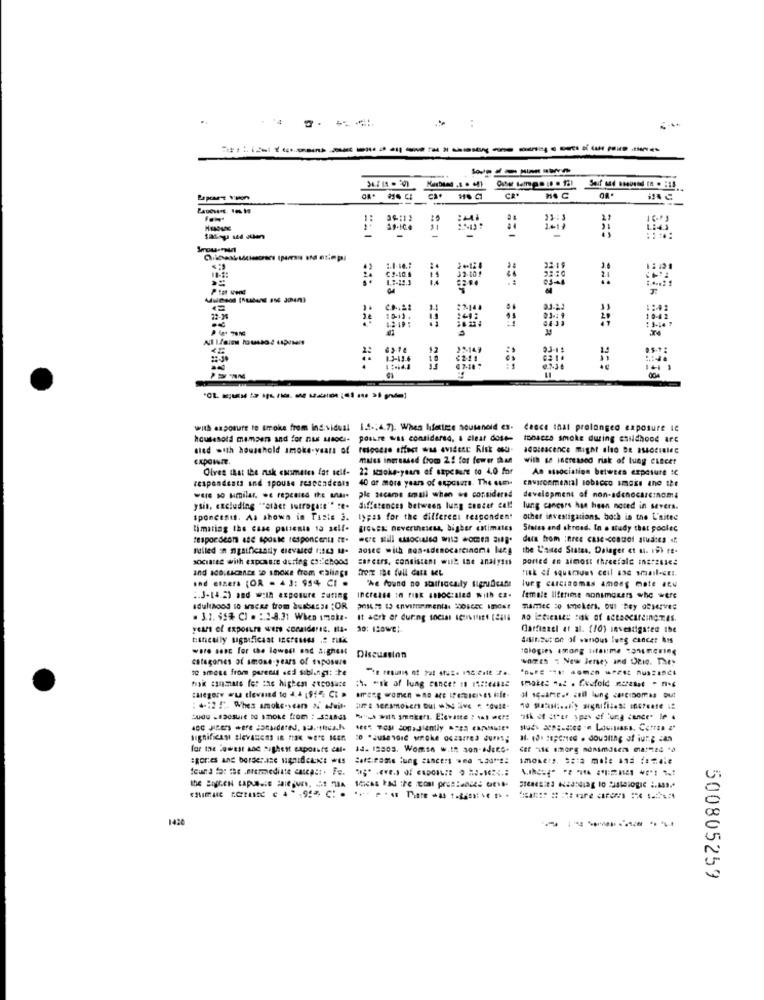
CR*
:41
23
1:45
-
32.19
1.7-12.3
3
₹7-144
12
23-149
93-11
22-39
$2-41
with exposure to smoke from individual 1.4 .: 4.7). When lifetime household ex. ceece inal prolonged exposure ic
housesold mamsen and for nus usoci- postre was considered. s clear dose- tobacco smoke during esildhood art
sied with household smoke-years of
response effect was evident Risk mu-
males increased from 2! for fewer than
with se increased risk of lung Cancer
Oires that the nak ousmates lat self-
22 smoke-years of sapcture to 4.0 for
An association between exposure :c
respondents and spouse respondents
40 or more years of exposzza. The sum
environmental tobacco smaks the the
were so similar. we repealed the anas-
ple secame small when we considered
development of non-adenocarcinoma
ysin, excluding ""ataet istrogate"" "e.
differences between lung cancer cal!
lung cancers han heen noted in severs.
sponcents. As shown in Fazie 3.
types for the differens responden!
other investigations, both in the L'aitee
timating the case patients 1a self-
BIGNEK nevertheless, higher estimates
States and shroad. In . study that poolec
data from :Bree case-control atualtes .f.
nulled in ngaificaadly dievaled 1:569 M.
aosee with non-adenocarcinoma lang
the L'aited States, Dalager et u. 19) rE-
sociaree with exposure during es: chood
careers, consistant wull ine analyses
poricé an almost threefale ina:esse
and ad0;Licence 3D shoke from caliags
froiz the full data Met
and essers (OR - 4 3: 954 CI .
"he found no statticcaly ligrudicafe
lucy carcinomas amoss mate atu
:. 3-14.2) and w:In exposure #uting
female Ilferime sonimguers who were
adulthood to arcke trom buaber si :OR
PIL: 13 environmental :001066 Inder
mamec co smokers. out "Bey deserves
. 3.1. $5% CI . : 2-8.31 When smoke-
It serk er during social schritte tali
years of exposure were considered. It-
20: 420WE:
Carfinaci et al. (ro) investigated the
dasinout on of wanous lung Cancer his
ware sesc for the lowest end aighent
categories of amone-years of suposwe
Discussion
we " New Jersey and Drie. They
te amose from parents and siblingi: ite
husk animate for mas highest etcosate
:4. "sk of lung cancer 1 1 :: e4sse
: 4-12 !". When smoke-scan of afuit-
with smokers. Elevatte : * ***=
ask & ter spev df lung cancer ! .
for the lowest and Sighest expoaste cal-
13. 12803. Womse w.In aon-Idcee.
smone's, saia male and female
deuna for the intermediate cascast. Fe.
1430
500805259